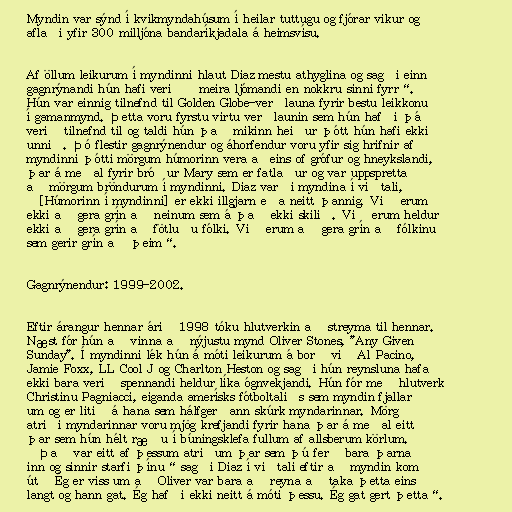
Myndin var sýnd í kvikmyndahúsum í heilar tuttugu og fjórar vikur og
aflaði yfir 300 milljóna bandaríkjadala á heimsvísu.

Af öllum leikurum í myndinni hlaut Diaz mestu athyglina og sagði einn
gagnrýnandi hún hafi verið „meira ljómandi en nokkru sinni fyrr“.
Hún var einnig tilnefnd til Golden Globe-verðlauna fyrir bestu leikkonu
í gamanmynd. Þetta voru fyrstu virtu verðlaunin sem hún hafði þá
verið tilnefnd til og taldi hún það mikinn heiður þótt hún hafi ekki
unnið. Þó flestir gagnrýnendur og áhorfendur voru yfir sig hrifnir af
myndinni þótti mörgum húmorinn vera aðeins of grófur og hneykslandi,
þar á meðal fyrir bróður Mary sem er fatlaður og var uppspretta
að mörgum bröndurum í myndinni. Diaz varði myndina í viðtali,
„[Húmorinn í myndinni] er ekki illgjarn eða neitt þannig. Við erum
ekki að gera grín að neinum sem á það ekki skilið. Við erum heldur
ekki að gera grín að fötluðu fólki. Við erum að gera grín að fólkinu
sem gerir grín að þeim“.

Gagnrýnendur: 1999-2002.

Eftir árangur hennar árið 1998 tóku hlutverkin að streyma til hennar.
Næst fór hún að vinna að nýjustu mynd Oliver Stones, "Any Given
Sunday". Í myndinni lék hún á móti leikurum á borð við Al Pacino,
Jamie Foxx, LL Cool J og Charlton Heston og sagði hún reynsluna hafa
ekki bara verið spennandi heldur líka ógnvekjandi. Hún fór með hlutverk
Christinu Pagniacci, eiganda amerísks fótboltaliðs sem myndin fjallar
um og er litið á hana sem hálfgerðann skúrk myndarinnar. Mörg
atriði myndarinnar voru mjög krefjandi fyrir hana þar á meðal eitt
þar sem hún hélt ræðu í búningsklefa fullum af allsberum körlum.
„Það var eitt af þessum atriðum þar sem þú ferð bara þarna
inn og sinnir starfi þínu“ sagði Diaz í viðtali eftir að myndin kom
út „Ég er viss um að Oliver var bara að reyna að taka þetta eins
langt og hann gat. Ég hafði ekki neitt á móti þessu. Ég gat gert þetta“.